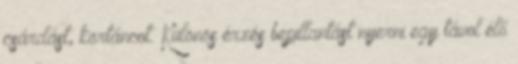
csárdást, körtáncot. Különös érzés bepillantást nyerni egy távol élő